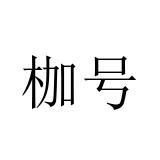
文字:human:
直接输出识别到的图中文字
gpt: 枷号